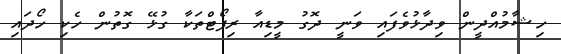
ހިޝާމުއްދީން ވިދާޅުވެފައި ވަނީ ދޮގު މީޑިއާ ރިޕޯޓްތަކާ ގުޅޭ ގޮތުން ހެކި ހޯދައި